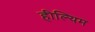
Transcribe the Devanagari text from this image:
हील्यिम